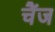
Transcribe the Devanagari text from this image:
चैंज